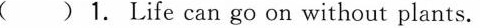
()1. Life can go on without plants.